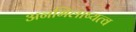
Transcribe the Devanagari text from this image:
अनभिलाष्यत्व